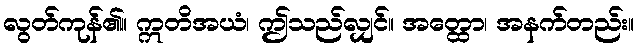
လွတ်ကုန်၏။ ဣတိအယံ၊ ဤသည်လျှင်။ အတ္ထော၊ အနက်တည်း။